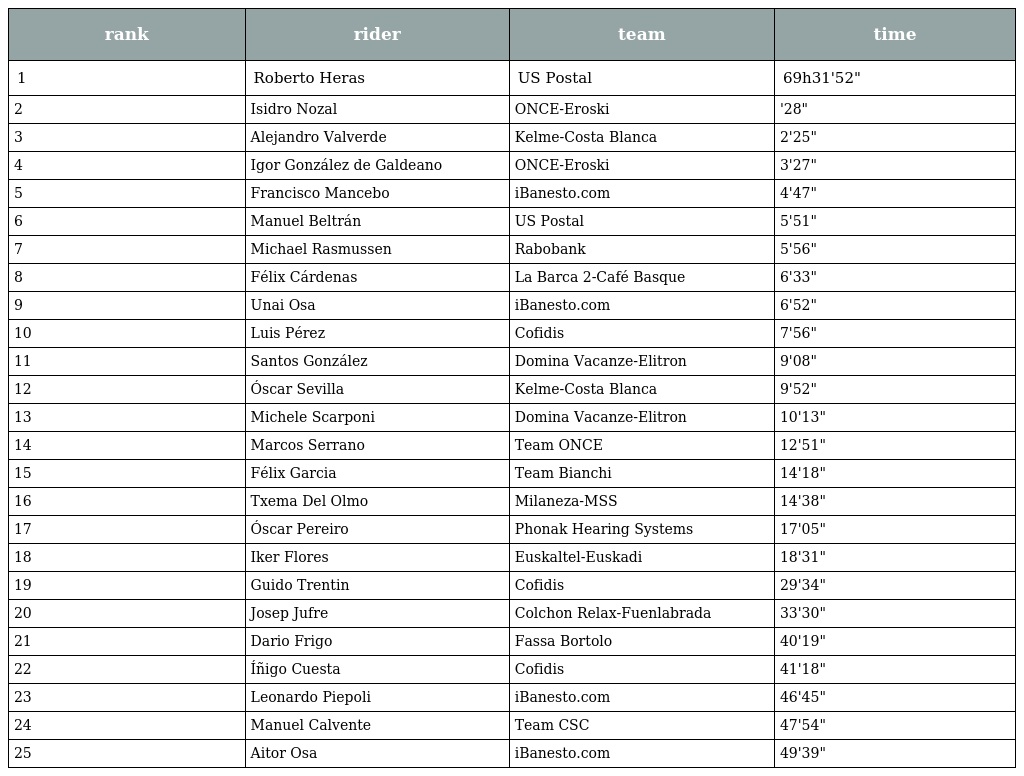
| rank | rider | team | time |
 | --- | --- | --- | --- |
 | 1 | Roberto Heras | US Postal | 69h31'52" |
 | 2 | Isidro Nozal | ONCE-Eroski | '28" |
 | 3 | Alejandro Valverde | Kelme-Costa Blanca | 2'25" |
 | 4 | Igor González de Galdeano | ONCE-Eroski | 3'27" |
 | 5 | Francisco Mancebo | iBanesto.com | 4'47" |
 | 6 | Manuel Beltrán | US Postal | 5'51" |
 | 7 | Michael Rasmussen | Rabobank | 5'56" |
 | 8 | Félix Cárdenas | La Barca 2-Café Basque | 6'33" |
 | 9 | Unai Osa | iBanesto.com | 6'52" |
 | 10 | Luis Pérez | Cofidis | 7'56" |
 | 11 | Santos González | Domina Vacanze-Elitron | 9'08" |
 | 12 | Óscar Sevilla | Kelme-Costa Blanca | 9'52" |
 | 13 | Michele Scarponi | Domina Vacanze-Elitron | 10'13" |
 | 14 | Marcos Serrano | Team ONCE | 12'51" |
 | 15 | Félix Garcia | Team Bianchi | 14'18" |
 | 16 | Txema Del Olmo | Milaneza-MSS | 14'38" |
 | 17 | Óscar Pereiro | Phonak Hearing Systems | 17'05" |
 | 18 | Iker Flores | Euskaltel-Euskadi | 18'31" |
 | 19 | Guido Trentin | Cofidis | 29'34" |
 | 20 | Josep Jufre | Colchon Relax-Fuenlabrada | 33'30" |
 | 21 | Dario Frigo | Fassa Bortolo | 40'19" |
 | 22 | Íñigo Cuesta | Cofidis | 41'18" |
 | 23 | Leonardo Piepoli | iBanesto.com | 46'45" |
 | 24 | Manuel Calvente | Team CSC | 47'54" |
 | 25 | Aitor Osa | iBanesto.com | 49'39" |